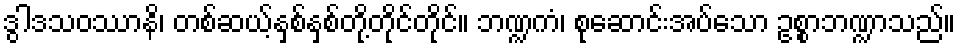
ဒွါဒသဝဿာနိ၊ တစ်ဆယ့်နှစ်နှစ်တို့တိုင်တိုင်။ ဘဏ္ဍကံ၊ စုဆောင်းအပ်သော ဥစ္စာဘဏ္ဍာသည်။